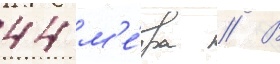
44 м'е́тра // В